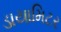
ડાયામિટર